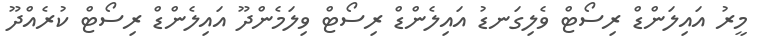
މީރު އައިލަންޑް ރިސޯޓް ވެލިގަނޑު އައިލެންޑް ރިސޯޓް ވިލަމެންދޫ އައިލެންޑް ރިސޯޓް ކުރެއްދޫ